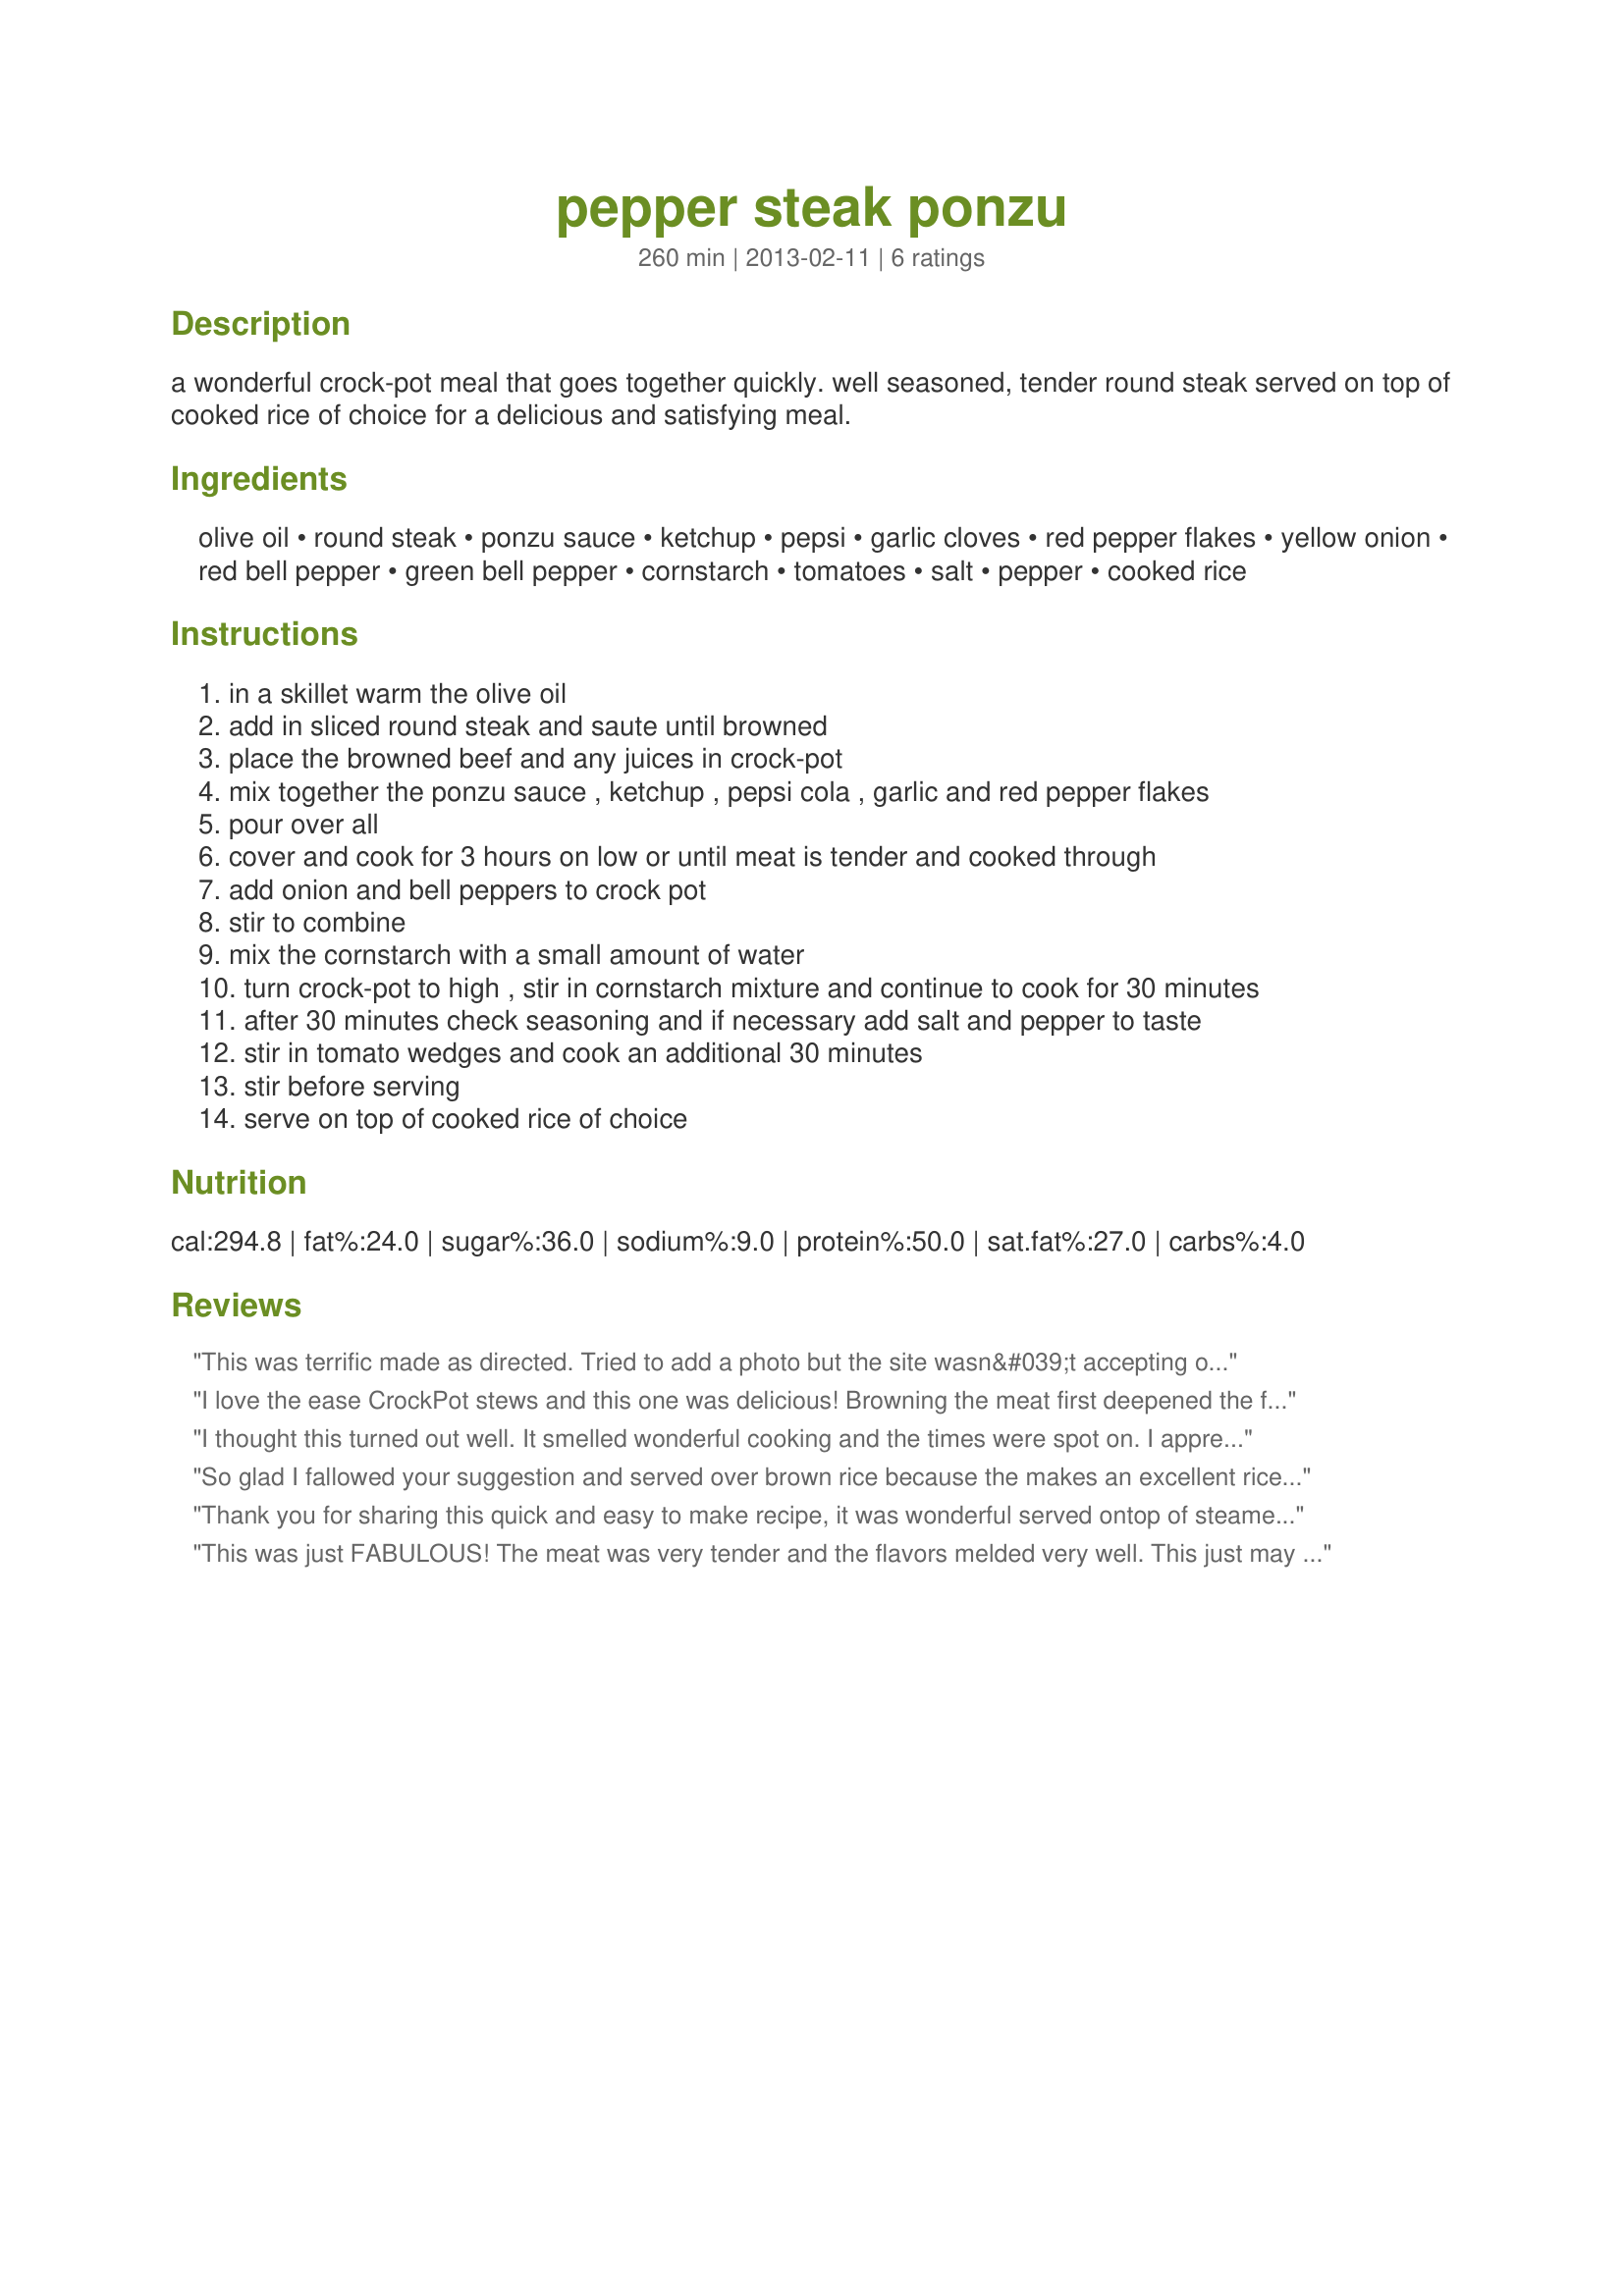
pepper steak ponzu
Preparation time: 260 minutes

a wonderful crock-pot meal that goes together quickly. well seasoned, tender round steak served on top of cooked rice of choice for a delicious and satisfying meal.

Ingredients:
olive oil, round steak, ponzu sauce, ketchup, pepsi, garlic cloves, red pepper flakes, yellow onion, red bell pepper, green bell pepper, cornstarch, tomatoes, salt, pepper, cooked rice

Steps:
in a skillet warm the olive oil
add in sliced round steak and saute until browned
place the browned beef and any juices in crock-pot
mix together the ponzu sauce , ketchup , pepsi cola , garlic and red pepper flakes
pour over all
cover and cook for 3 hours on low or until meat is tender and cooked through
add onion and bell peppers to crock pot
stir to combine
mix the cornstarch with a small amount of water
turn crock-pot to high , stir in cornstarch mixture and continue to cook for 30 minutes
after 30 minutes check seasoning and if necessary add salt and pepper to taste
stir in tomato wedges and cook an additional 30 minutes
stir before serving
serve on top of cooked rice of choice

Reviews:
This was terrific made as directed. Tried to add a photo but the site wasn&#039;t accepting of my browser isms. Thanks, PaulaG! Made for Aussie Kiwi Recipe Swap #82.
I love the ease CrockPot stews and this one was delicious! Browning the meat first deepened the flavor and make a terrific gravy. I followed the recipe, it was just great the way it was written; and enjoyed it with Parmesan Polenta! Made and reviewed for the "Dining on a Dollar" event, March 2013.
I thought this turned out well. It smelled wonderful cooking and the times were spot on. I appreciated that the meat was tender without being crockpot mush and the veggies retained some crispness. The finished dish was colorful too which is always a plus. The sweet was an under note, but there was room for a tiny more tart.
So glad I fallowed your suggestion and served over brown rice because the makes an excellent rice bowl. I made using the corn starch option and am glad I did or the sauce which we really liked would have been too thin. The only issue I had was the meat did not brown but that was neither the recipe or me it was the poor quality meat I bought (which had been injected with water Errrrr), but this recipe made even poor quality meat good. Thanks for the post and good luck in the contest.
Thank you for sharing this quick and easy to make recipe, it was wonderful served ontop of steamed jasmin rice. It had good instructions and was a great use of contest ingredients. The flavors were excellent, bold, robust with a hint of heat. The meat was tender, the vegetables were perfectly cooked. We especially enjoyed the addition of the tomatoe in this dish. Good luck in the contest.
This was just FABULOUS! The meat was very tender and the flavors melded very well. This just may replace my current recipe for Pepper Steak. I used red, green and yellow peppers, so it made lovely presentation as well. Just outstanding!
